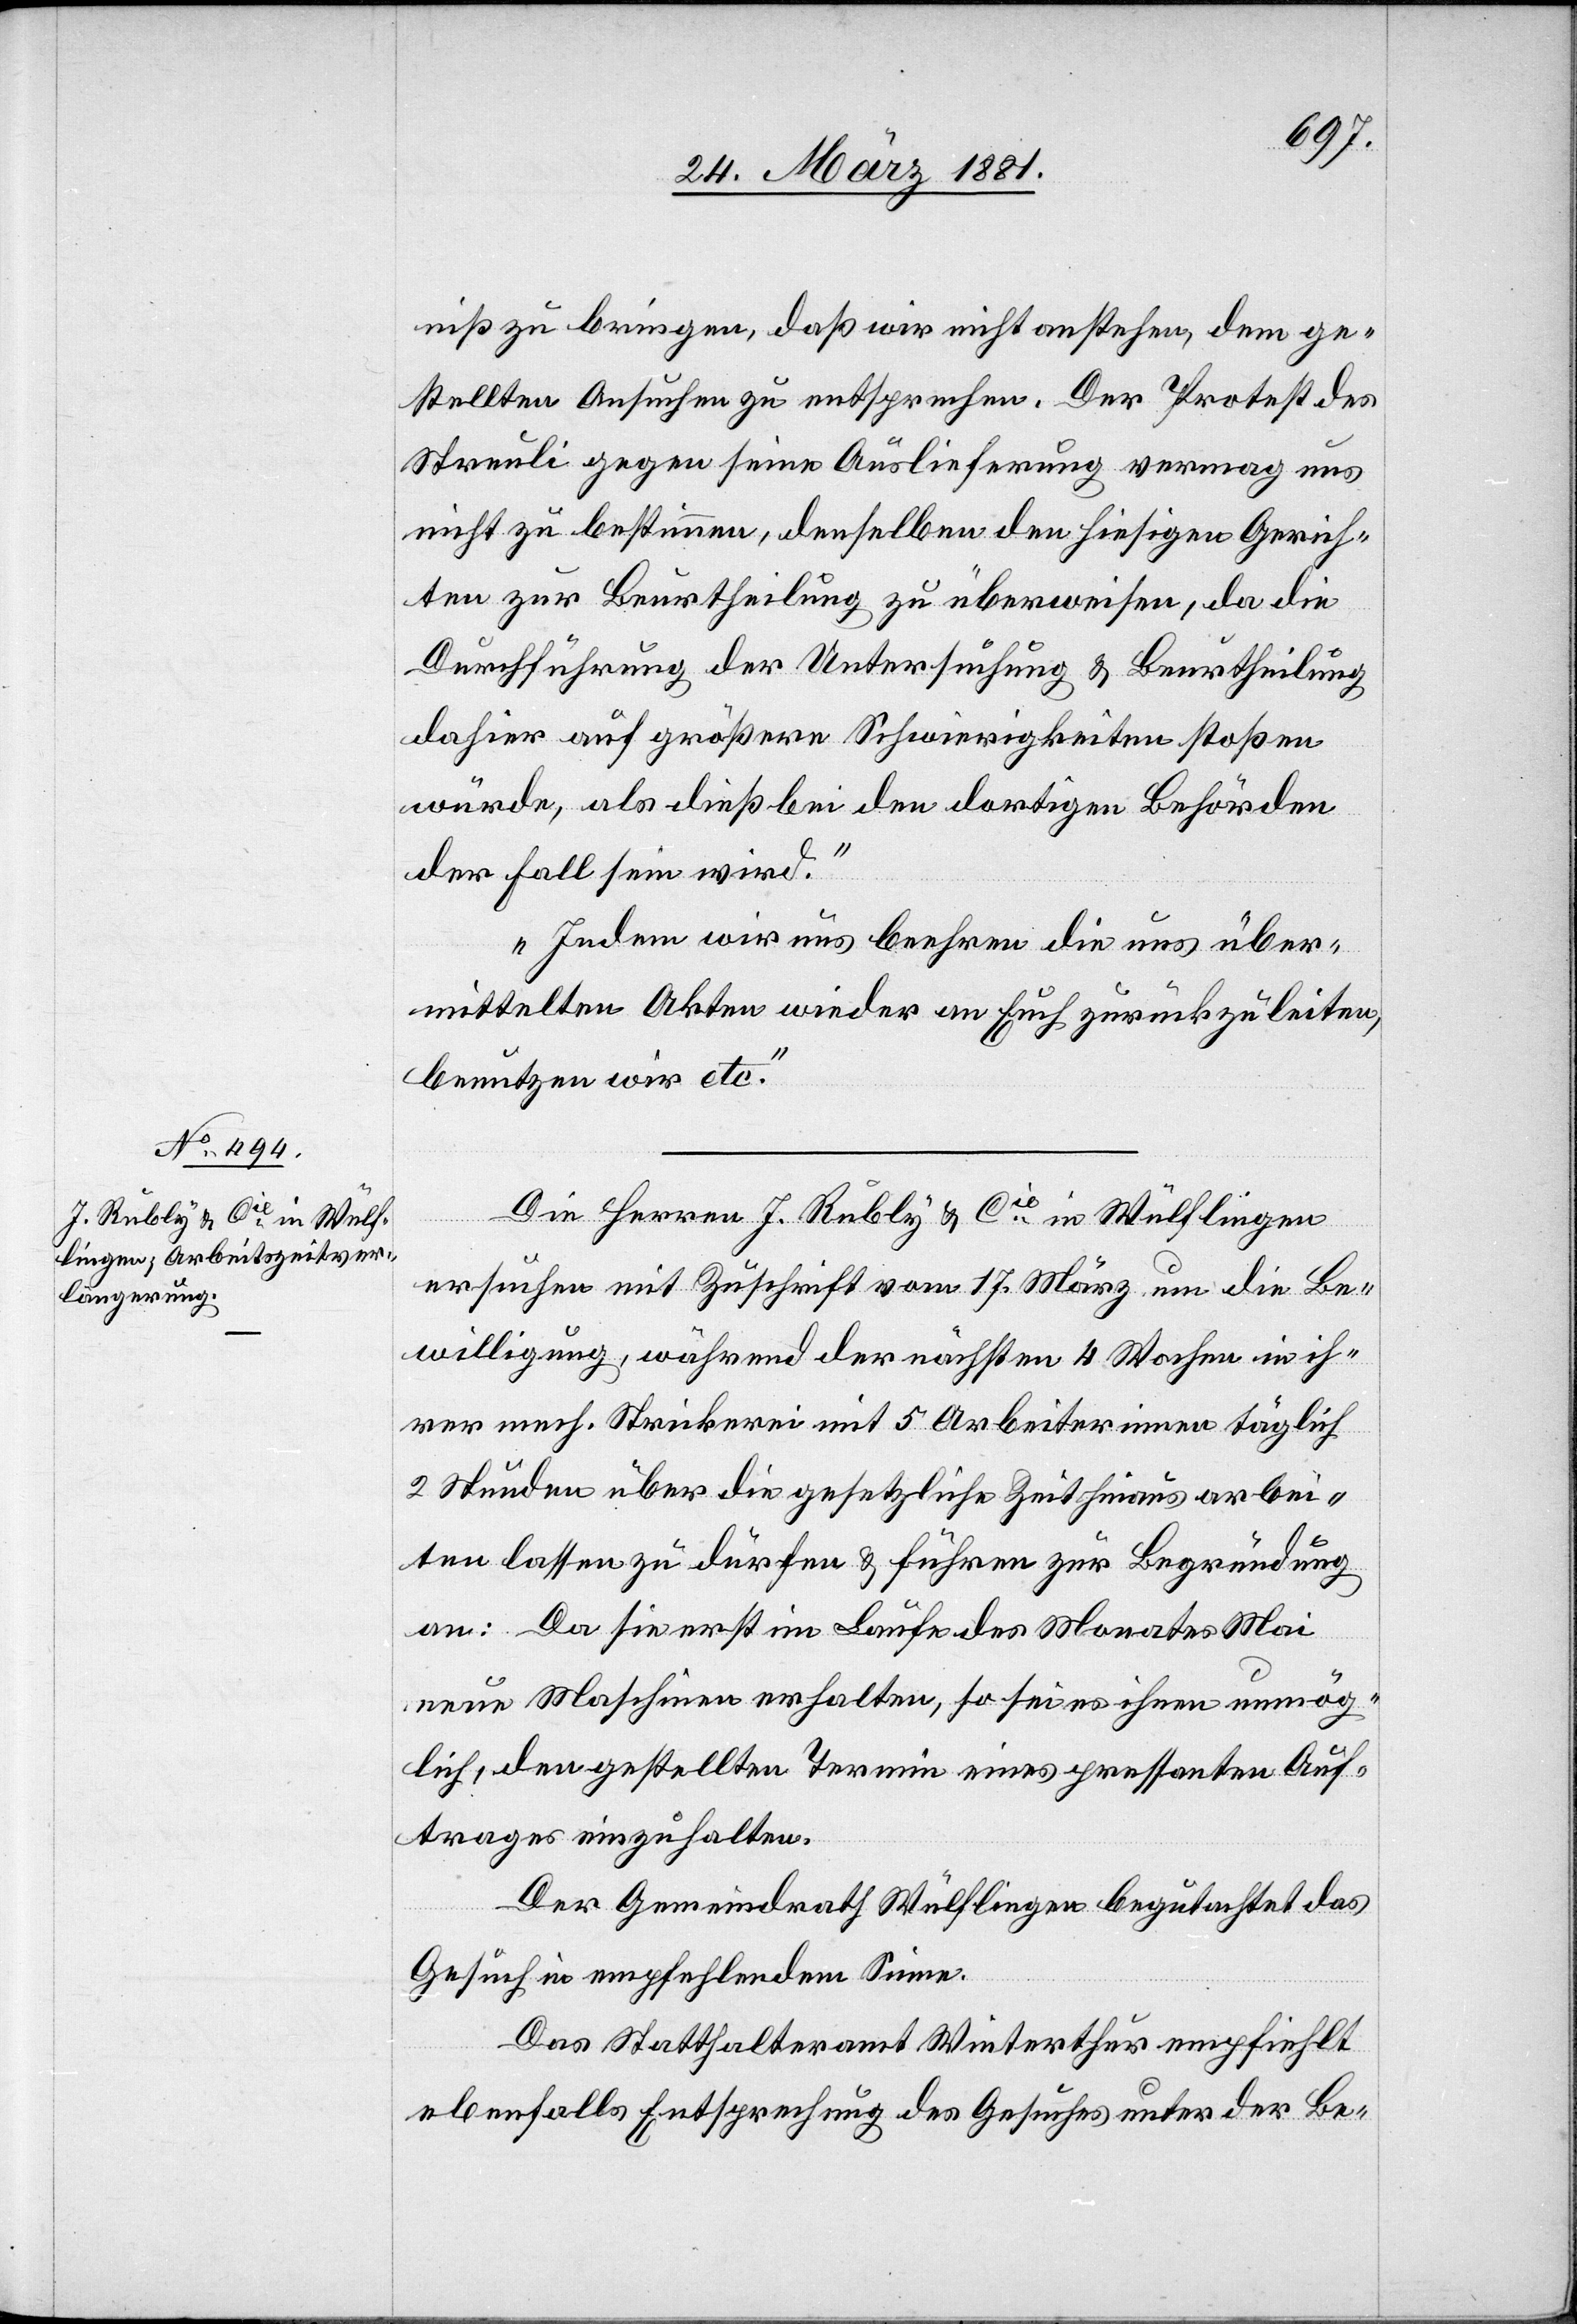
28. März 1881.]
niß zu bringen, daß wir nicht anstehen, dem ge¬
stellten Ansuchen zu entsprechen. Der Protest des
Streuli gegen seine Auslieferung vermag uns
nicht zu bestimmen, denselben den hiesigen Gerich¬
ten zur Beurtheilung zu überweisen, da die
Durchführung der Untersuchung & Beurtheilung
dahier auf größere Schwierigkeiten stoßen
würde, als dieß bei den dortigen Behörden
der Fall sein wird.
Indem wir uns beehren die uns über¬
mittelten Akten wieder an Euch zurückzuleiten,
benutzen wir etc.“
Die Herren J. Rubly & Cie in Wülflingen
ersuchen mit Zuschrift vom 17. März um die Be¬
willigung, während der nächsten 4 Wochen in ih¬
rer mech. Strickerei mit 5 Arbeiterinnen täglich
2 Stunden über die gesetzliche Zeit hinaus arbei¬
ten lassen zu dürfen & führen zur Begründung
an: Da sie erst im Laufe des Monates Mai
neue Maschinen erhalten, so sei es ihnen unmög¬
lich, den gestellten Termin eines pressanten Auf¬
trages einzuhalten.
Der Gemeindrath Wülflingen begutachtet das
Gesuch in empfehlendem Sinne.
Das Statthalteramt Winterthur empfiehlt
ebenfalls Entsprechung des Gesuches unter der Be-